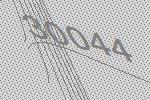
30044